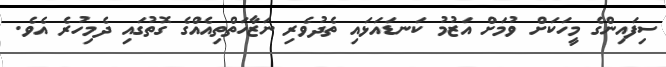
ސިފައިންގެ މީހަކަށް ވުމަށް އަޒުމު ކަނޑައަޅައި ތެދުވެރި ނަޒާހަތްތިއެއްގެ ގޮތުގައި ދެމިހުރެ އެވެ.